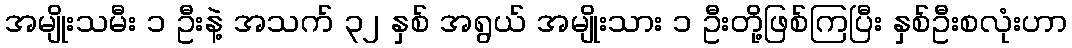
အမျိုးသမီး ၁ ဦးနဲ့ အသက် ၃၂ နှစ် အရွယ် အမျိုးသား ၁ ဦးတို့ဖြစ်ကြပြီး နှစ်ဦးစလုံးဟာ